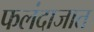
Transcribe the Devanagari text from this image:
फलंदाजात